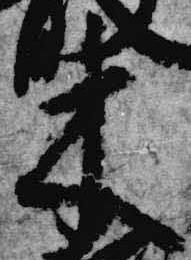
木